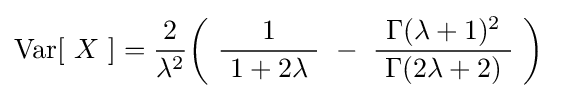
\operatorname {Var} [\ X\ ]={\frac {2}{\lambda ^{2}}}{\bigg (}\ {\frac {1}{\ 1+2\lambda \ }}~-~{\frac {\ \Gamma (\lambda +1)^{2}\ }{\ \Gamma (2\lambda +2)\ }}\ {\bigg )}~